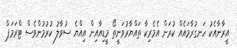
އީރާނާއެކު ހަނގުރާމައެއް ކުރަން އެމެރިކާ ތައްޔާރުވަނީތޯ މީޑިއާއިން އިއްޔެ ސުވާލު ކުރުމުންވެސް ޓްރަމަޕް